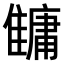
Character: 𩀬